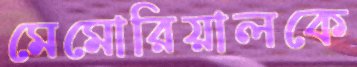
মেমোরিয়ালকে